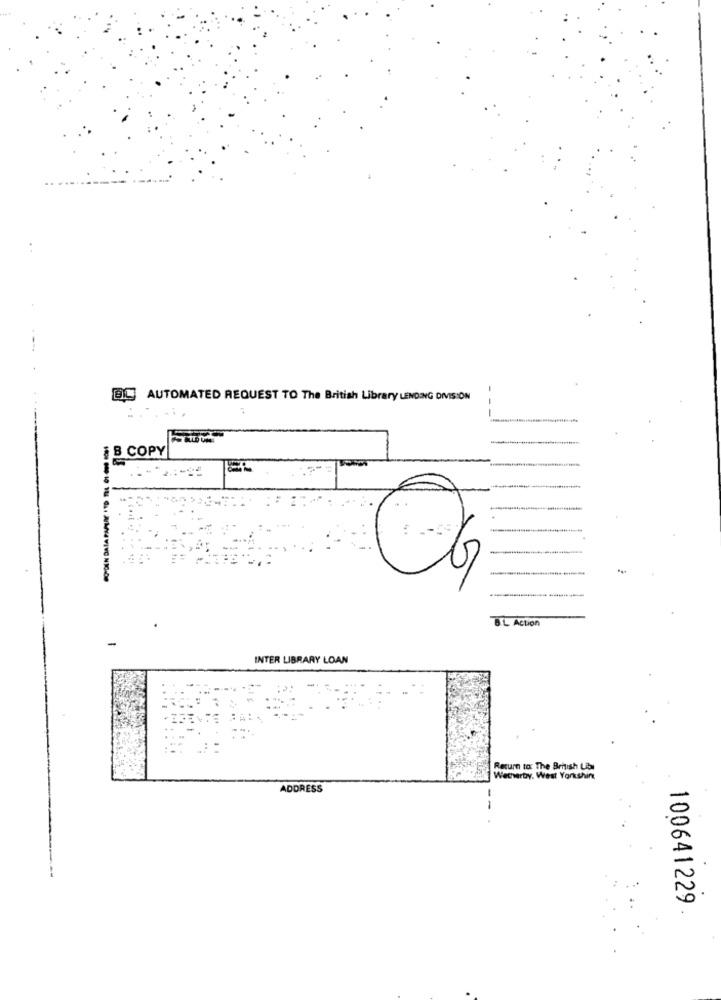
-
BIL AUTOMATED REQUEST TO The British Library LENDING DIVISION
--
B COPY
BL Action
-
INTER LIBRARY LOAN
Resume to The British Libr
Wechwerby, West Yorkshire
ADDRESS
100641229